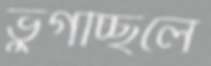
ভুগচ্ছিলে